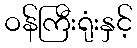
ဝန်ကြီးရုံးနှင့်